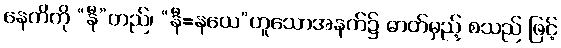
နေတိကို “နီ”တည်၊ “နီ=နယေ”ဟူသောအနက်၌ ဓာတ်မှည့် စသည် ဖြင့်